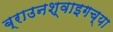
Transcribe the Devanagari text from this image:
ब्राउनश्वाइगच्या